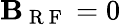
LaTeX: \mathbf{B}_{\mathrm{{~R~F~}}}=0